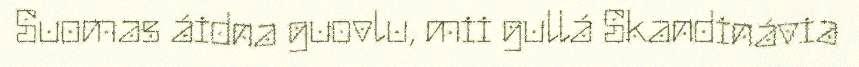
Suomas áidna guovlu, mii gullá Skandinávia